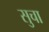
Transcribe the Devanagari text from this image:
सुचा